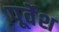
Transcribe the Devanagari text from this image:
पूर्वेश